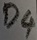
Text: D4